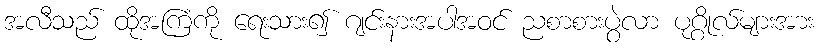
အလီသည် ထိုအကြံကို ရေးသား၍ ဂျင်းနားအပါအဝင် ညစာစားပွဲလာ ပုဂ္ဂိုလ်များအား